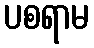
ပစရာမ